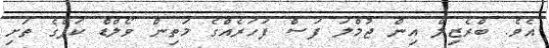
އެވެ. ބްރެޒިލް އިން ޖުމްލަ ފަސް ފަހަރެއްގެ މަތިން ވޯލްޑް ކަޕްގެ ތަށި